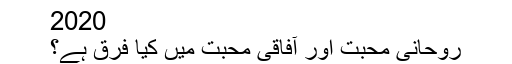
2020
روحانی محبت اور آفاقی محبت میں کیا فرق ہے؟